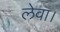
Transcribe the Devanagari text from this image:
लेवा।